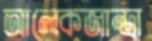
আলেকজান্দ্রা